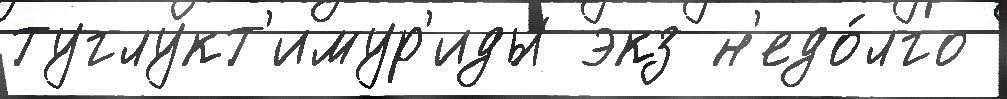
туглукт'имур'иды экз н'едо́лго